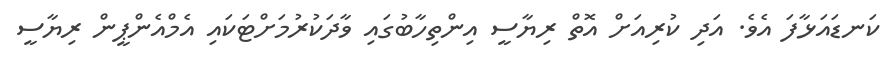
ކަނޑައަޅާފަ އެވެ. އަދި ކުރިއަށް އޮތް ރިޔާސީ އިންތިހާބުގައި ވާދަކުރުމަށްޓަކައި އެމްއެންޕީން ރިޔާސީ